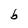
Character: b